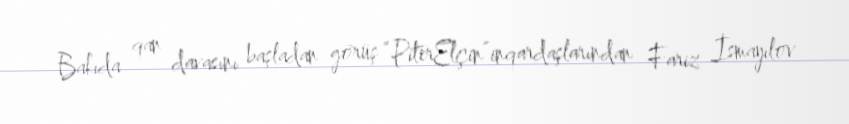
Bakıda qan davasını başladan görüş “PiterElçin”inqardaşlarından Fariz İsmayılov